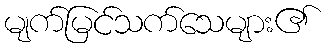
မျက်မြင်သက်သေများ၏